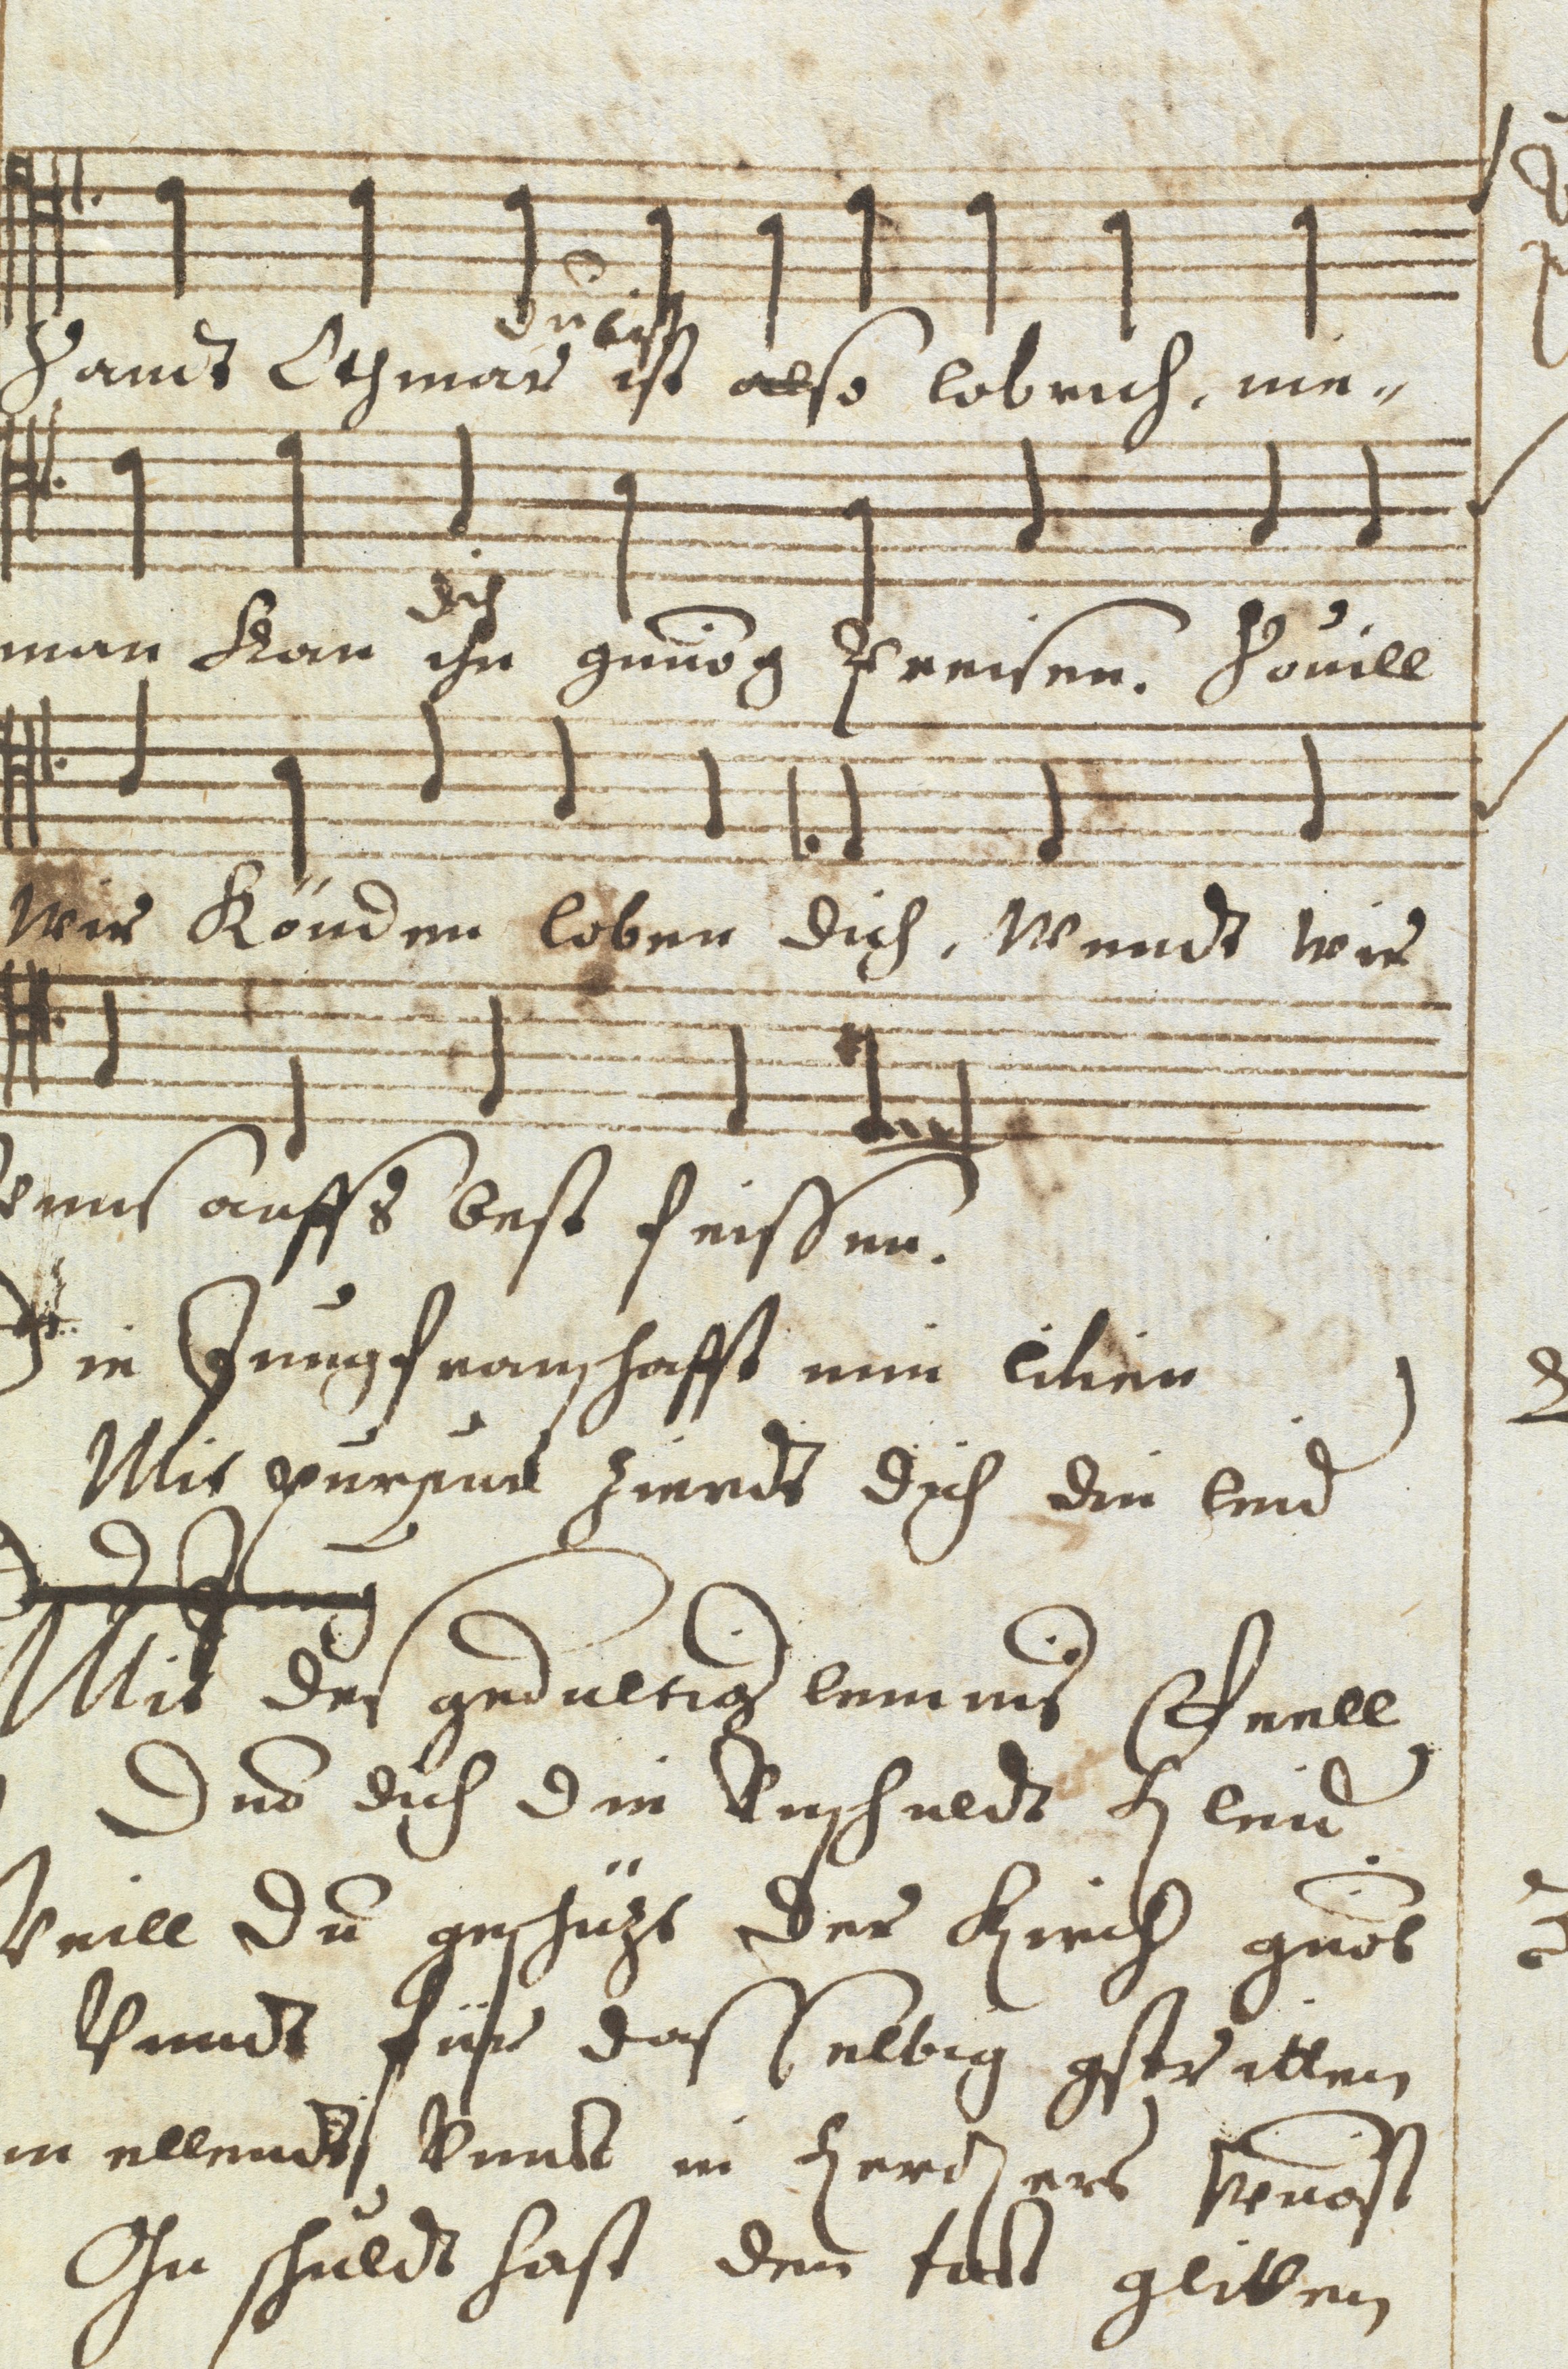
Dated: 1637–1641